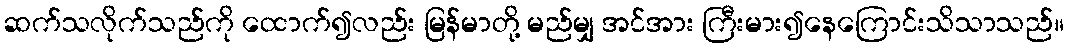
ဆက်သလိုက်သည်ကို ထောက်၍လည်း မြန်မာတို့ မည်မျှ အင်အား ကြီးမား၍နေကြောင်းသိသာသည်။